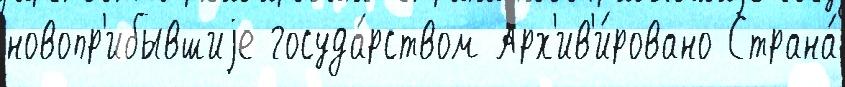
новопр'ибывшиjе госуда́рством Арх'ив'и́ровано Страна́